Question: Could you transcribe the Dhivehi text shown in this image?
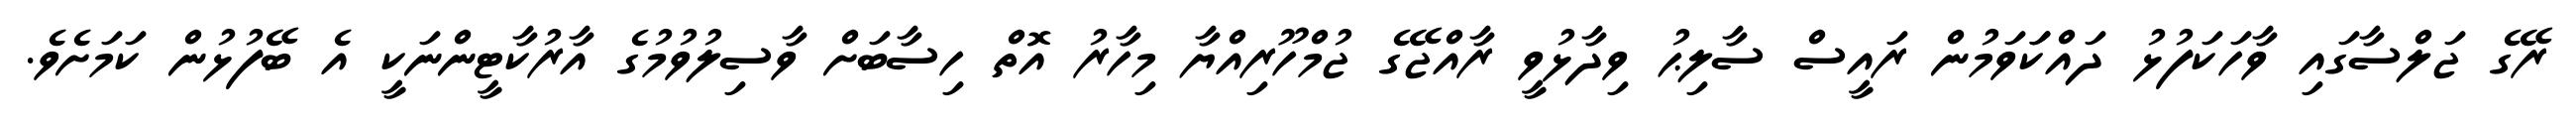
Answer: ރޭގެ ޖަލްސާގައި ވާހަކަފުޅު ދައްކަަވަމުން ރައީސް ސާލިޙު ވިދާޅުވީ ރާއްޖޭގެ ޖުމްހޫރިއްޔާ މިހާރު އޮތް ހިސާބަށް ވާސިލުވުމުގެ އާރުކާޓީންނަކީ އެ ބޭފުޅުން ކަމަށެވެ.